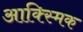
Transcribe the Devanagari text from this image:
आक्स्मिक